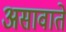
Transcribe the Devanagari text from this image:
असावाते